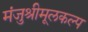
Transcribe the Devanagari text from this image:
मंजुश्रीमूलकल्प